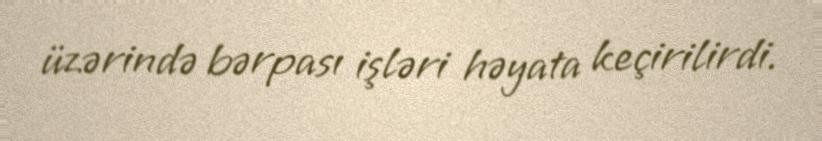
üzərində bərpası işləri həyata keçirilirdi.